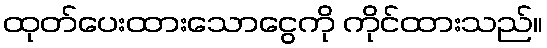
ထုတ်ပေးထားသောငွေကို ကိုင်ထားသည်။